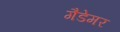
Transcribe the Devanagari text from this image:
गैडेमर